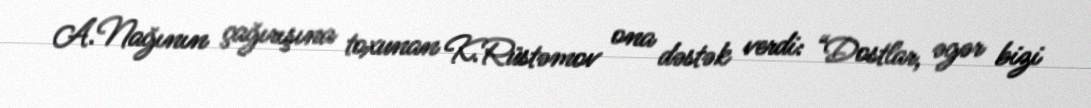
A.Nağının çağırışına toxunan K.Rüstəmov ona dəstək verdi: “Dostlar, əgər bizi